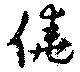
僥